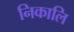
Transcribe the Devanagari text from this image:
निकालि